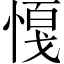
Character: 𢟟